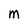
Character: m